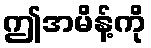
ဤအမိန့်ကို